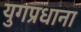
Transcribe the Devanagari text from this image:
युगप्रधाना